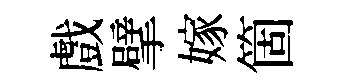
戲擘嫁箇